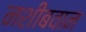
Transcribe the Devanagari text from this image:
नशीबवान